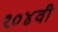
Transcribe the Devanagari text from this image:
१०४वी